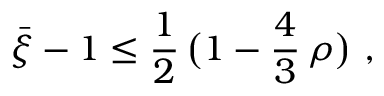
\bar { \xi } - 1 \leq \frac { 1 } { 2 } \, \big ( 1 - \frac { 4 } { 3 } \, \rho \big ) ~ ,